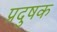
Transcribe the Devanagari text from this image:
प्रदुषक